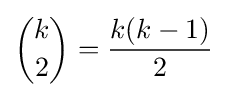
{\binom {k}{2}}={{k(k-1)} \over 2}